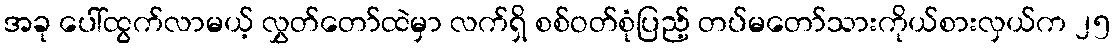
အခု ပေါ်ထွက်လာမယ့် လွှတ်တော်ထဲမှာ လက်ရှိ စစ်ဝတ်စုံပြည့် တပ်မတော်သားကိုယ်စားလှယ်က ၂၅